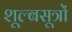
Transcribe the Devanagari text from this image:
शूल्बसूत्रों